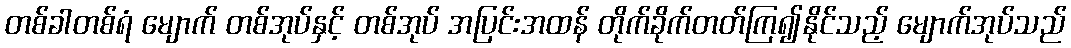
တစ်ခါတစ်ရံ မျောက် တစ်အုပ်နှင့် တစ်အုပ် အပြင်းအထန် တိုက်ခိုက်တတ်ကြ၍နိုင်သည့် မျောက်အုပ်သည်